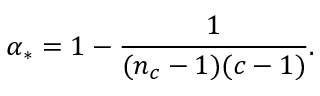
\alpha _ { * } = 1 - \frac { 1 } { ( n _ { c } - 1 ) ( c - 1 ) } .